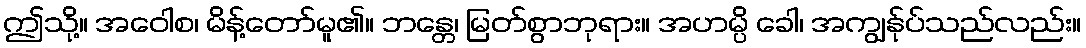
ဤသို့။ အဝေါစ၊ မိန့်တော်မူ၏။ ဘန္တေ၊ မြတ်စွာဘုရား။ အဟမ္ပိ ခေါ၊ အကျွန်ုပ်သည်လည်း။